Vaccination report Assam 1874-1896 - 1874-1896
Year: 1874
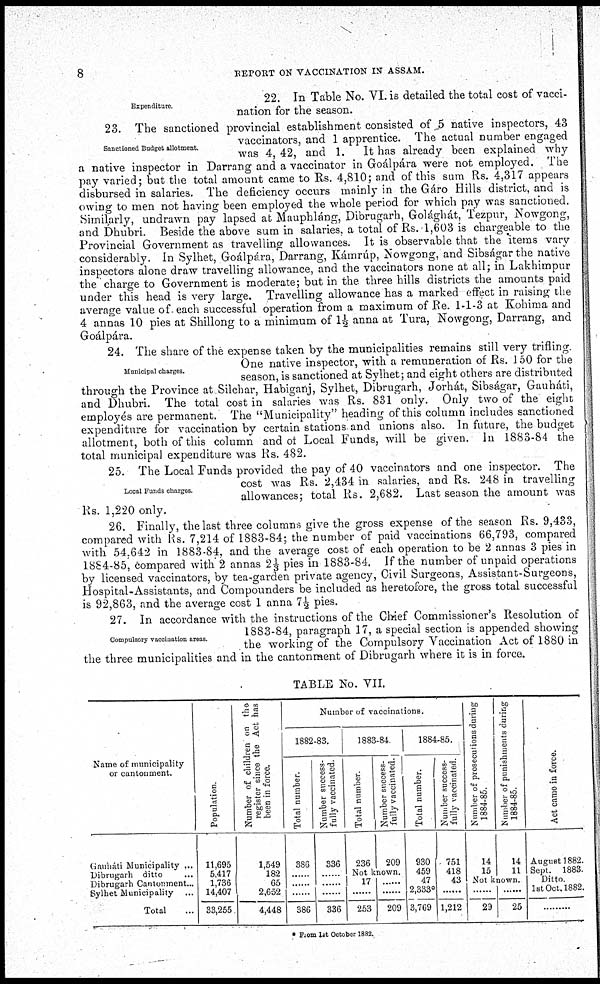
8
REPORT ON VACCINATION IN ASSAM.
Expenditure.
22. In Table No. VI. is detailed the total cost of vacci-
nation for the season.
Sanctioned Budget allotment.
23. The sanctioned provincial establishment consisted of 5 native inspectors, 43
vaccinators, and 1 apprentice. The actual number engaged
was 4, 42, and 1. It has already been explained why
a native inspector in Darrang and a vaccinator in Goálpára were not employed. The
pay varied; but the total amount came to Rs. 4,810; and of this sum Rs. 4,317 appears
disbursed in salaries. The deficiency occurs mainly in the Gáro Hills district, and is
owing to men not having been employed the whole period for which pay was sanctioned.
Similarly, undrawn pay lapsed at Mauphláng, Dibrugarh, Golághát, Tezpur, Nowgong,
and Dhubri. Beside the above sum in salaries, a total of Rs. 1,603 is chargeable to the
Provincial Government as travelling allowances. It is observable that the items vary
considerably. In Sylhet, Goálpára, Darrang, Kámrúp, Nowgong, and Sibságar the native
inspectors alone draw travelling allowance, and the vaccinators none at all; in Lakhimpur
the charge to Government is moderate; but in the three hills districts the amounts paid
under this head is very large. Travelling allowance has a marked effect in raising the
average value of. each successful operation from a maximum of Re. 1-1-3 at Kohima and
4 annas 10 pies at Shillong to a minimum of 1½ anna at Tura, Nowgong, Darrang, and
Goálpára.
Municipal charges.
24. The share of the expense taken by the municipalities remains still very trifling.
One native inspector, with a remuneration of Rs. 150 for the
season, is sanctioned at Sylhet; and eight others are distributed
through the Province at Silchar, Habiganj, Sylhet, Dibrugarh, Jorhát, Sibságar, Gauháti,
and Dhubri. The total cost in salaries was Rs. 831 only. Only two of the eight
employés are permanent. The "Municipality" heading of this column includes sanctioned
expenditure for vaccination by certain stations and unions also. In future, the budget
allotment, both of this column and of Local Funds, will be given. In 1883-84 the
total municipal expenditure was Rs. 482.
Local Funds charges.
25. The Local Funds provided the pay of 40 vaccinators and one inspector. The
cost was Rs. 2,434 in salaries, and Rs. 248 in travelling
allowances; total Rs. 2,682. Last season the amount was
Rs. 1,220 only.
26. Finally, the last three columns give the gross expense of the season Rs. 9,433,
compared with Rs. 7,214 of 1883-84; the number of paid vaccinations 66,793, compared
with 54,642 in 1883-84, and the average cost of each operation to be 2 annas 3 pies in
1884-85, compared with 2 annas 21/3 pies in 1883-84. If the number of unpaid operations
by licensed vaccinators, by tea-garden private agency, Civil Surgeons, Assistant-Surgeons,
Hospital-Assistants, and Compounders be included as heretofore, the gross total successful
is 92,863, and the average cost 1 anna 7½ pies.
Compulsory vaccination areas.
27. In accordance with the instructions of the Chief Commissioner's Resolution of
1883-84, paragraph 17, a special section is appended showing
the working of the Compulsory Vaccination Act of 1880 in
the three municipalities and in the cantonment of Dibrugarh where it is in force.
TABLE No. VII.
Name of municipality
or cantonment.
Gauháti Municipality ...
Dibrugarh ditto ...
Dibrugarh Cantonment...
Sylhet Municipality ...
Total ...
Population.
11,695
5,417
1,736
14,407
33,255
Number of children on the
register since the Act has
been in force.
1,549
182
65
2,652
4,448
Number of vaccinations.
1882-83.
Total number.
386
......
......
......
386
Number success-
fully vaccinated.
336
......
......
......
336
1883-84
Total number.
236
Number success-
fully vaccinated.
209
Not known.
17
......
253
......
......
209
1884-85.
Total number.
930
459
47
2,333*
3,769
Number success-
fully vaccinated.
751
418
43
......
1,212
Number of prosecutions during
1884-85.
14
15
Number of punishments during
1884-85.
14
11
Not known.
......
29
......
25
Act came in force.
August 1882.
Sept. 1883.
Ditto.
1st Oct. 1882.
* From 1st October 1882.